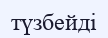
түзбейді